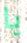
يا